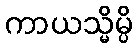
ကာယသ္မိမ္ပိ